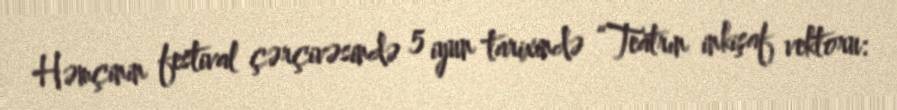
Həmçinin festival çərçivəsində 5 iyun tarixində “Teatrın inkişaf vektoru: